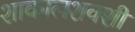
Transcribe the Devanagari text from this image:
शाकालशक्शी